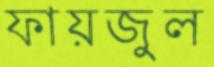
ফায়জুল